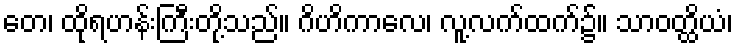
တေ၊ ထိုရဟန်းကြီးတို့သည်။ ဂိဟိကာလေ၊ လူ့လက်ထက်၌။ သာဝတ္ထိယံ၊